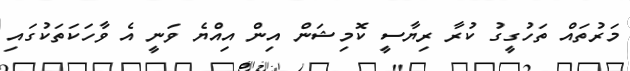
މަރުތައް ތަހުގީގު ކުރާ ރިޔާސީ ކޮމިޝަން އިން އިއްޔެ ވަނީ އެ ވާހަކަތަކުގައި